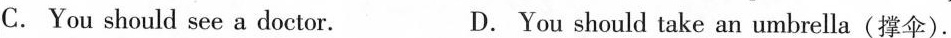
C. You should see a doctor. D. You should take an umbrella(撑伞).